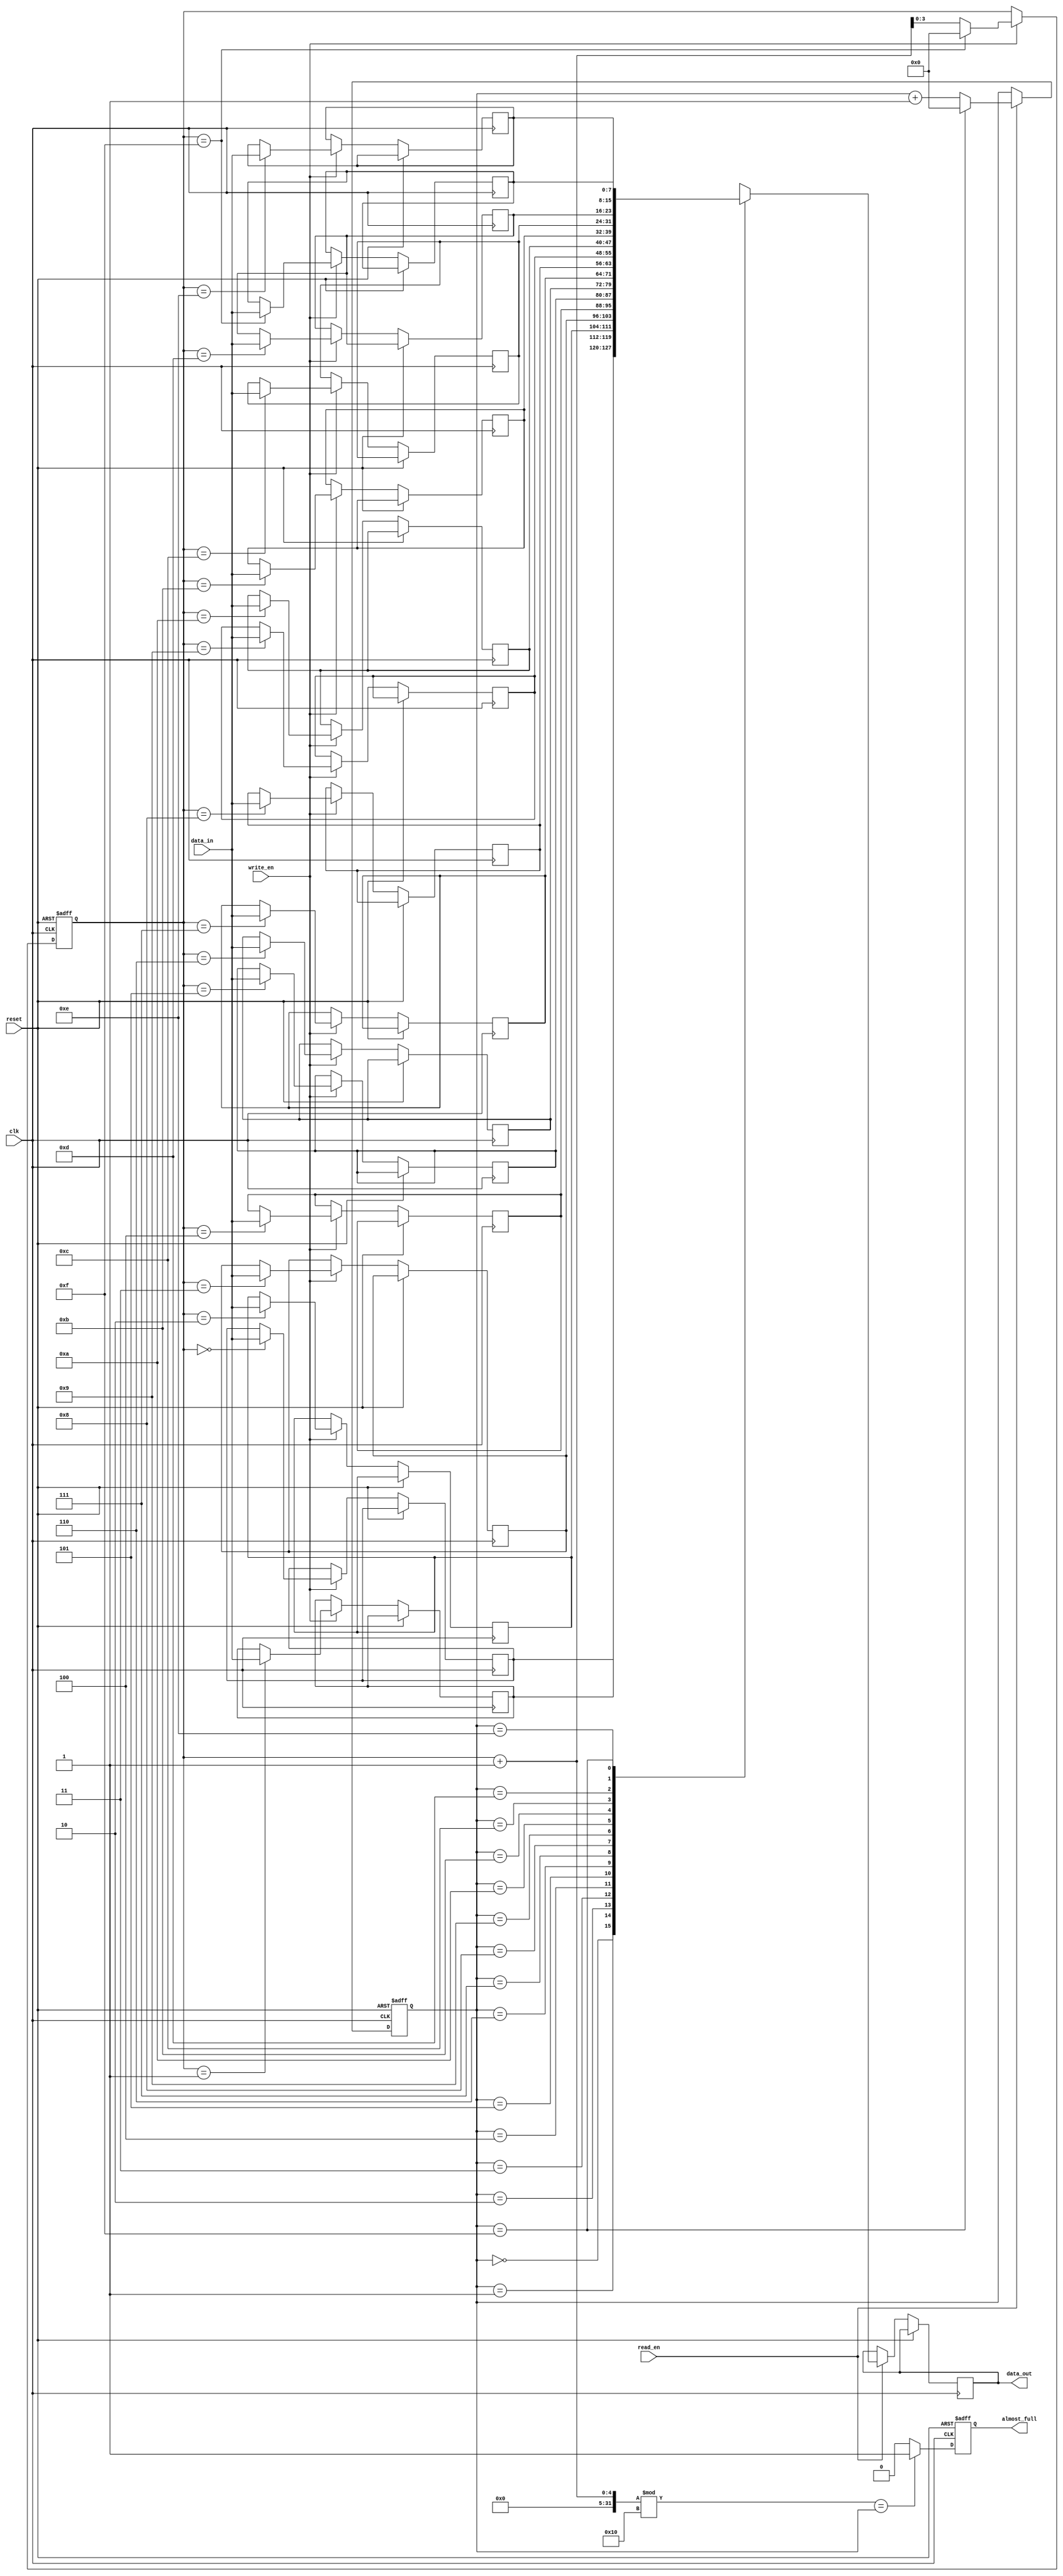
module almost_full_fifo (
  input wire clk,
  input wire reset,
  input wire write_en,
  input wire read_en,
  output reg almost_full,
  output reg [7:0] data_out,
  input wire [7:0] data_in
);

reg [7:0] buffer [0:15];
reg [3:0] write_ptr;
reg [3:0] read_ptr;

always @(posedge clk or posedge reset) begin
  if (reset) begin
    write_ptr <= 4'b0000;
    read_ptr <= 4'b0000;
    almost_full <= 0;
  end else begin
    if (write_en) begin
      buffer[write_ptr] <= data_in;
      write_ptr <= write_ptr + 1;
      if (write_ptr == 4'b1111) write_ptr <= 4'b0000;
    end
    if (read_en) begin
      data_out <= buffer[read_ptr];
      read_ptr <= read_ptr + 1;
      if (read_ptr == 4'b1111) read_ptr <= 4'b0000;
    end
    if (((write_ptr + 1) % 16) == read_ptr) almost_full <= 1;
    else almost_full <= 0;
  end
end

endmodule